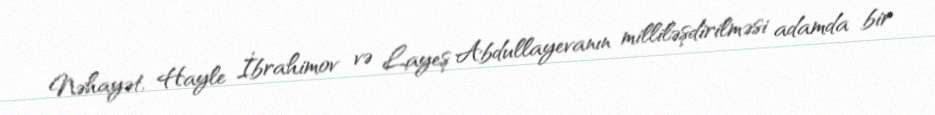
Nəhayət, Hayle İbrahimov və Layeş Abdullayevanın milliləşdirilməsi adamda bir